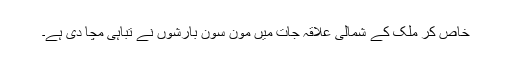
خاص کر ملک کے شمالی علاقہ جات میں مون سون بارشوں نے تباہی مچا دی ہے۔